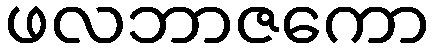
ဖလဘာဇကော